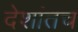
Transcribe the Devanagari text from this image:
देशांतच